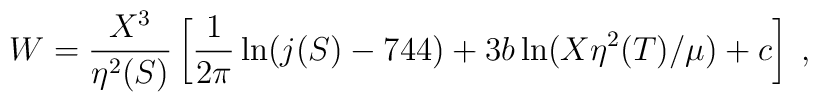
W=\frac{X^3}{ \eta^2 (S)}\left[ \frac{1}{2 \pi} \ln (j(S)-744)+ 3 b \ln (X \eta^2(T)/\mu) +c \right]\;,